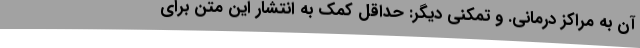
آن به مراکز درمانی. و تمکنی دیگر: حداقل کمک به انتشار این متن برای